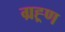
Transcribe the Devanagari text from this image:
ग्रह्र्ण